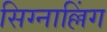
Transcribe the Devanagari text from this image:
सिग्नाल्लिंग